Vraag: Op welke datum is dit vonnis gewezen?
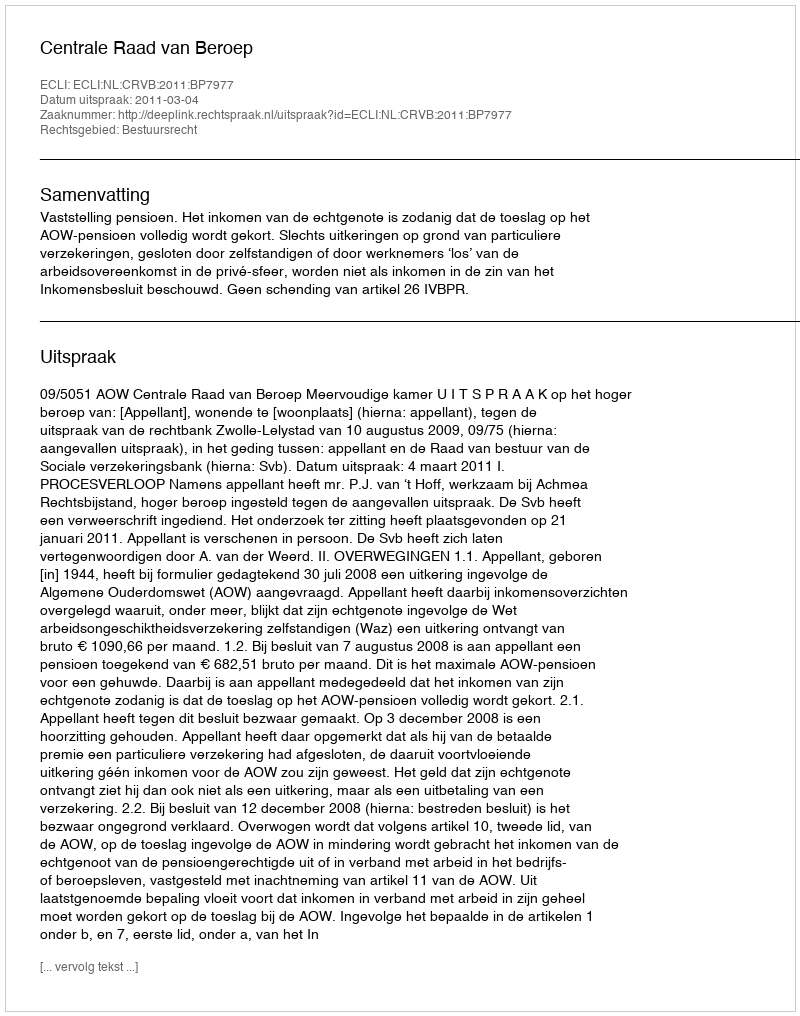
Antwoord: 2011-03-04